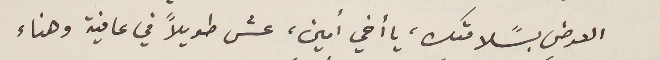
العوض بسًلامتك، يا أخي أمين، عش طويلاً في عافية وهناء